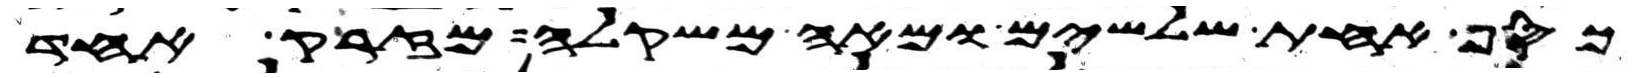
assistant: כסף אחת שלשים ומאה משקלה מזרק אחד